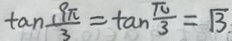
\tan \frac { 1 9 \pi } { 3 } = \tan \frac { \pi } { 3 } = \sqrt { 3 }